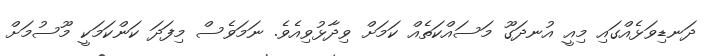
ދަނޑިވަޅެއްގައި މިއީ އުނދަގޫ މަސައްކަތެއް ކަމަށް ވިދާޅުވިއެވެ. ނަމަވެސް މިފަދަ ކަންކަމަކީ މޫސުމަށް